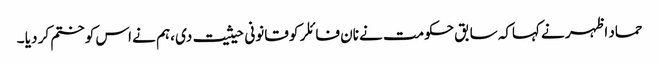
حماد اظہر نے کہاکہ سابق حکومت نے نان فائلر کو قانونی حیثیت دی ،ہم نے اس کو ختم کر دیا ۔